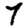
Digit: 7